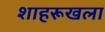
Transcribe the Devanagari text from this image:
शाहरूखला